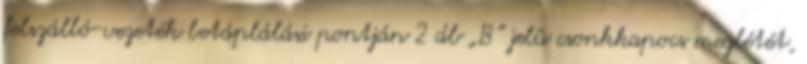
felszálló-vezeték betáplálási pontján 2 db „B” jelû csonkkapocs meglétét,